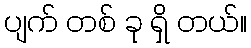
ပျက် တစ် ခု ရှိ တယ်။